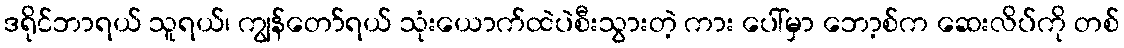
ဒရိုင်ဘာရယ် သူရယ်၊ ကျွန်တော်ရယ် သုံးယောက်ထဲပဲစီးသွားတဲ့ ကား ပေါ်မှာ ဘော့စ်က ဆေးလိပ်ကို တစ်